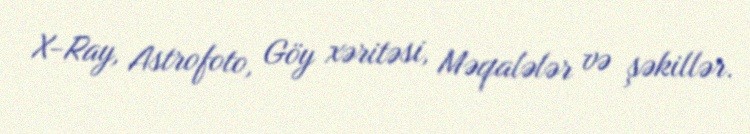
X-Ray, Astrofoto, Göy xəritəsi, Məqalələr və şəkillər.